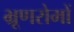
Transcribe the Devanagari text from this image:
भ्रूणरोमों